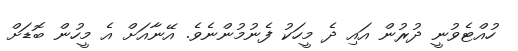
ހުއްޓެވުނީ ދުރުން އައި ދެ މީހަކު ފެނުމުންނެވެ. އޭނާއަށް އެ މީހުން ބޮޑަށް